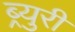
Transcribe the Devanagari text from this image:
ब्र्युरी